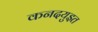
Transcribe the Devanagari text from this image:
कनदयुइत